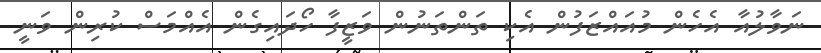
ނަވާލުއާ އެހެން މުއައްޒަފުން އެކި ތަންތަނުން ވަޒީފާ ހޯދައިގެން އެއްމަސް ކުރިން ވަނީ